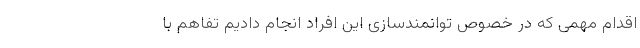
اقدام مهمی که در خصوص توانمند‌سازی این افراد انجام دادیم تفاهم با